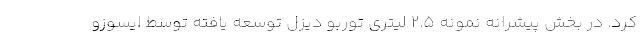
کرد. در بخش پیشرانه نمونه 2.5 لیتری توربو دیزل توسعه یافته توسط ایسوزو